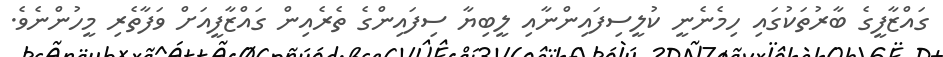
ގައްޒާފީގެ ބާރުތަކުގައި ހިމެނެނީ ކުލީސިފައިންނާއި ލީބިޔާ ސިފައިންގެ ތެރެއިން ގައްޒާފީއަށް ވަފާތެރި މީހުންނެވެ.